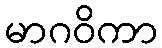
မာဂဝိကာ